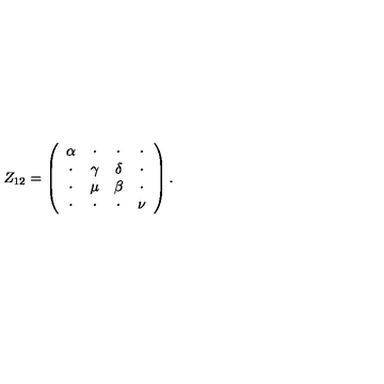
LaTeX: Z _ { 1 2 } = \left( \begin{array} { c c c c } { \alpha } & { \cdot } & { \cdot } & { \cdot } \\ { \cdot } & { \gamma } & { \delta } & { \cdot } \\ { \cdot } & { \mu } & { \beta } & { \cdot } \\ { \cdot } & { \cdot } & { \cdot } & { \nu } \\ \end{array} \right) .